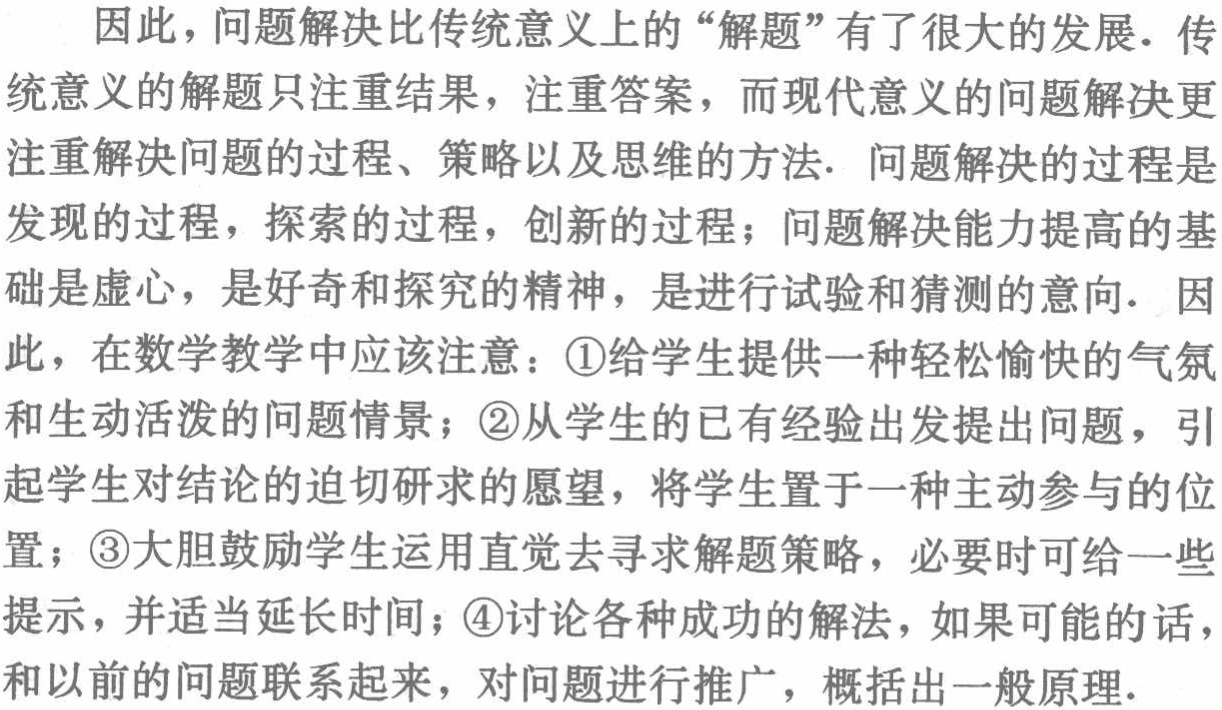
因此，问题解决比传统意义上的“解题”有了很大的发展. 传
统意义的解题只注重结果，注重答案，而现代意义的问题解决更
注重解决问题的过程、策略以及思维的方法. 问题解决的过程是
发现的过程，探索的过程，创新的过程；问题解决能力提高的基
础是虚心，是好奇和探究的精神，是进行试验和猜测的意向. 因
此，在数学教学中应该注意：\textcircled{1}给学生提供一种轻松愉快的气氛
和生动活泼的问题情景；\textcircled{2}从学生的已有经验出发提出问题，引
起学生对结论的迫切研求的愿望，将学生置于一种主动参与的位
置；\textcircled{3}大胆鼓励学生运用直觉去寻求解题策略，必要时可给一些
提示，并适当延长时间；\textcircled{4}讨论各种成功的解法，如果可能的话，
和以前的问题联系起来，对问题进行推广，概括出一般原理.